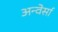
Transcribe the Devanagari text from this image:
अन्वेर्सा